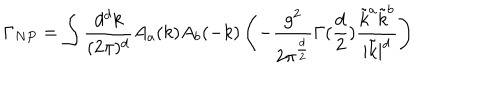
\Gamma _ { N P } = \int { \frac { d ^ { d } k } { ( 2 \pi ) ^ { d } } } A _ { a } ( k ) A _ { b } ( - k ) \left( - { \frac { g ^ { 2 } } { 2 \pi ^ { \frac { d } { 2 } } } } \Gamma ( { \frac { d } { 2 } } ) { \frac { \tilde { k } ^ { a } \tilde { k } ^ { b } } { | \tilde { k } | ^ { d } } } \right)